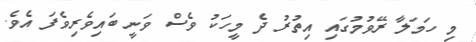
މި ހަަމަލާ ރޭވުމުގަައި އިތުރު ދެ މީހަކު ވެސް ވަނީ ބައިވެރިވެފަ އެވެ.